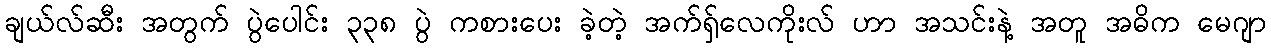
ချယ်လ်ဆီး အတွက် ပွဲပေါင်း ၃၃၈ ပွဲ ကစားပေး ခဲ့တဲ့ အက်ရှ်လေကိုးလ် ဟာ အသင်းနဲ့ အတူ အဓိက မေဂျာ